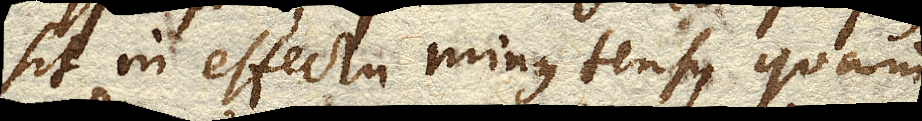
sit in effectu minus tensus quam